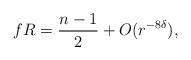
LaTeX: \begin{align*} fR=\frac{n-1}{2}+O(r^{-8\delta}), \end{align*}